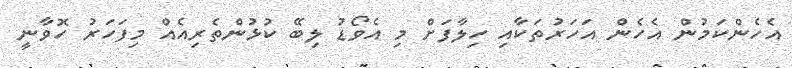
އެހެންކަމުން އެހެން އަހަރުތަކާއި ހިލާފަށް މި އެވޯޑު ލިބޭ ކުޅުންތެރިއެއް މިފަހަރު ހޮވާނީ